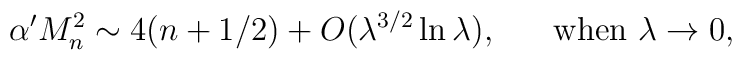
\alpha'M_n^2\sim 4(n+1/2)+{O}(\lambda^{3/2}\ln\lambda),\hspace{7mm}\mbox{when } \lambda\rightarrow 0,